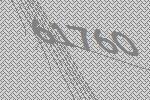
61760